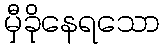
မှီခိုနေရသော